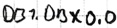
Text: DB1.DBX0.0